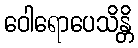
ဝေါရောပေသိန္တိ